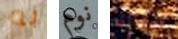
به نوم هناك